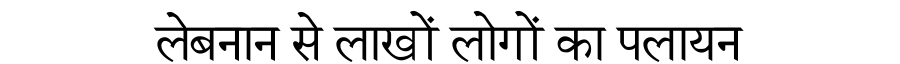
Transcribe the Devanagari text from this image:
लेबनान से लाखों लोगों का पलायन